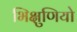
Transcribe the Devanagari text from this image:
भिक्षुणियो